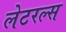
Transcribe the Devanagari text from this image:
लेटरल्स